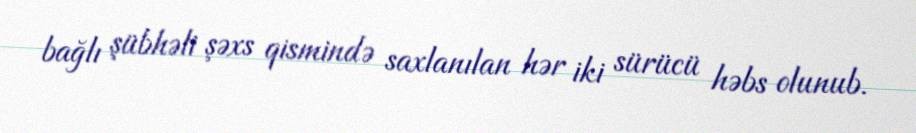
bağlı şübhəli şəxs qismində saxlanılan hər iki sürücü həbs olunub.